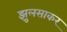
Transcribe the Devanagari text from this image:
झुलसाकर